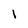
Character: 1